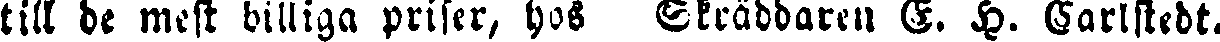
till de mest billiga priser, hos Skräddaren E. H. Carlstedt.